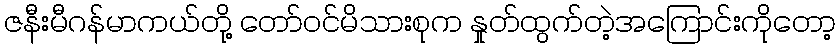
ဇနီးမီဂန်မာကယ်တို့ တော်ဝင်မိသားစုက နှုတ်ထွက်တဲ့အကြောင်းကိုတော့